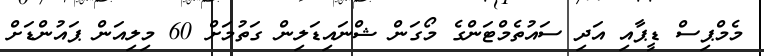
މެމްޕިސް ޑީޕާއި އަދި ސައުތެމްޓަންގެ މޯގަން ޝްނައިޑަލިން ގަތުމަށް 60 މިލިއަން ޕައުންޑަށް